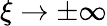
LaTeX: \xi\to\pm\infty